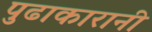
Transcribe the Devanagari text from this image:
पुढाकारानी